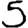
Digit: 5